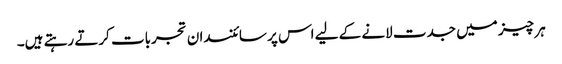
ہر چیز میں جدت لانے کے لیے اس پر سائنسدان تجربات کرتے رہتے ہیں۔